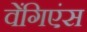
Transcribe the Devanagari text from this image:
वेंगिएंस